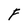
Character: F